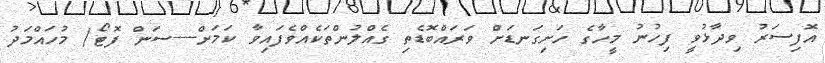
އޮފިސަރު ވިދާޅުވީ ފިހުނު މީހާގެ ހަށިގަނޑަށް ވަރައްބޮޑެތި ގެއްލުންތަކެއްވެފައިވާ ކަމަށް----ސަން ފޮޓޯ/ މުހައްމަދު